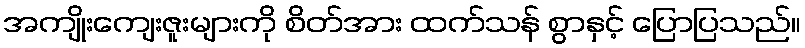
အကျိုးကျေးဇူးများကို စိတ်အား ထက်သန် စွာနှင့် ပြောပြသည်။